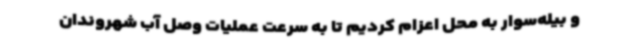
و بیله‌سوار به محل اعزام کردیم تا به سرعت عملیات وصل آب شهروندان